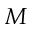
M